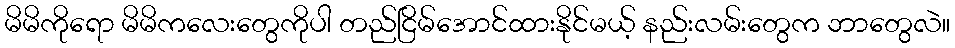
မိမိကိုရော မိမိကလေးတွေကိုပါ တည်ငြိမ်အောင်ထားနိုင်မယ့် နည်းလမ်းတွေက ဘာတွေလဲ။